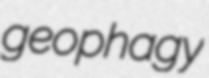
geophagy